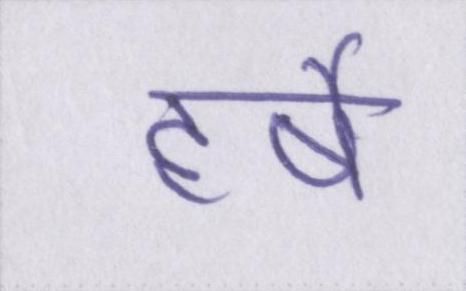
हर्षे